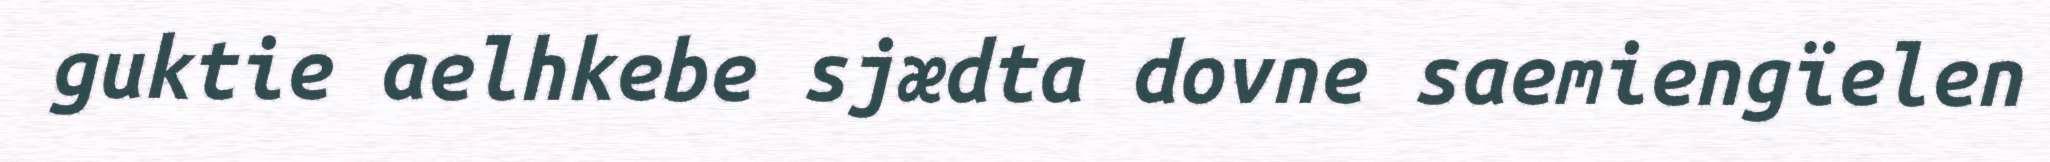
guktie aelhkebe sjædta dovne saemiengïelen